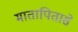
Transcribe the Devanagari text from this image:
मातापितासे